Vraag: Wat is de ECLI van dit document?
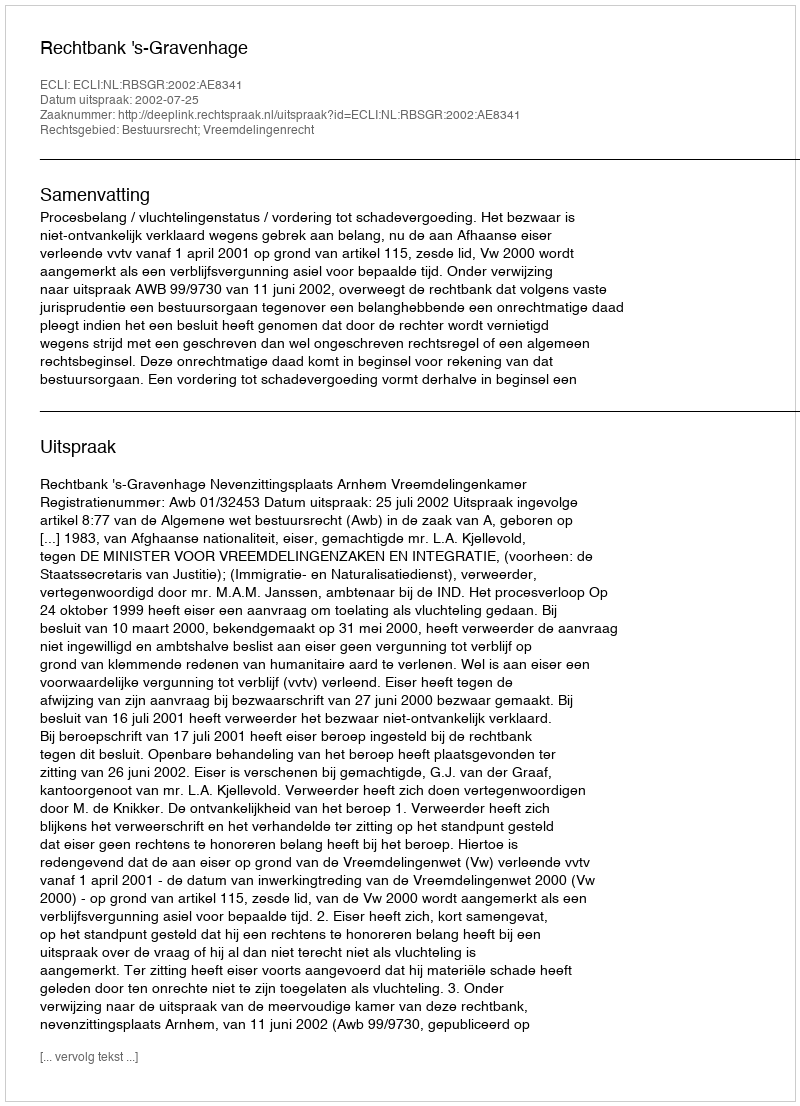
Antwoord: ECLI:NL:RBSGR:2002:AE8341